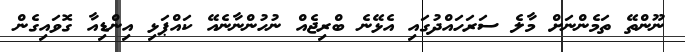
ނޫންތޭ ތަމެންނަށް މާލެ ސަރަހައްދުގައި އެޅޭނެ ބްރިޖެއް ނުހުންނާނެއޭ ކައްޕަޅި އިންޑިއާ ގޮވައިގެން